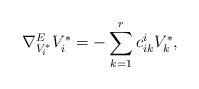
LaTeX: \begin{align*} \nabla_{V_i^*}^EV_i^*=-\sum_{k=1}^r c_{ik}^iV_k^*,\end{align*}